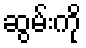
ဆွမ်းကို